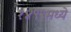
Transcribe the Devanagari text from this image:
१४९९मध्ये